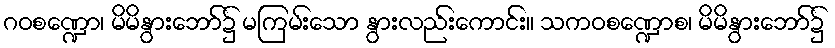
ဂဝစဏ္ဍော၊ မိမိနွားဘော်၌ မကြမ်းသော နွားလည်းကောင်း။ သကဝစဏ္ဍောစ၊ မိမိနွားဘော်၌